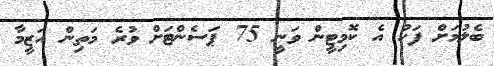
ބެލުމަށް ފަހު އެ ކޮމިޓީން ވަނީ 75 ޕަސެންޓަށް ވުރެ މަތިން އަޒީމާ